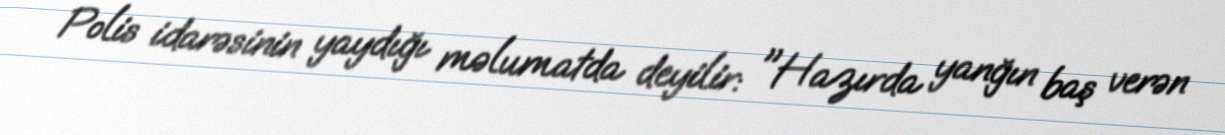
Polis idarəsinin yaydığı məlumatda deyilir: "Hazırda yanğın baş verən